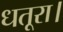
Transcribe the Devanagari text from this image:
धतूरा।